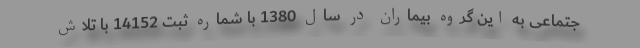
جتماعی به این گروه بیماران در سال 1380 با شماره ثبت 14152 با تلاش